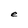
Character: e